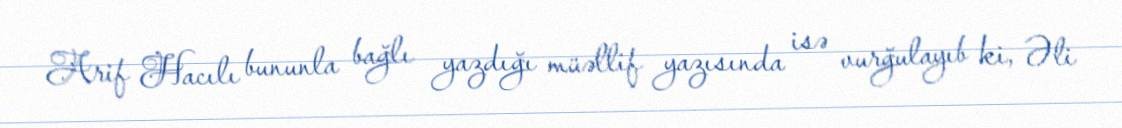
Arif Hacılı bununla bağlı yazdığı müəllif yazısında isə vurğulayıb ki, Əli